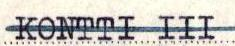
KONTTI III